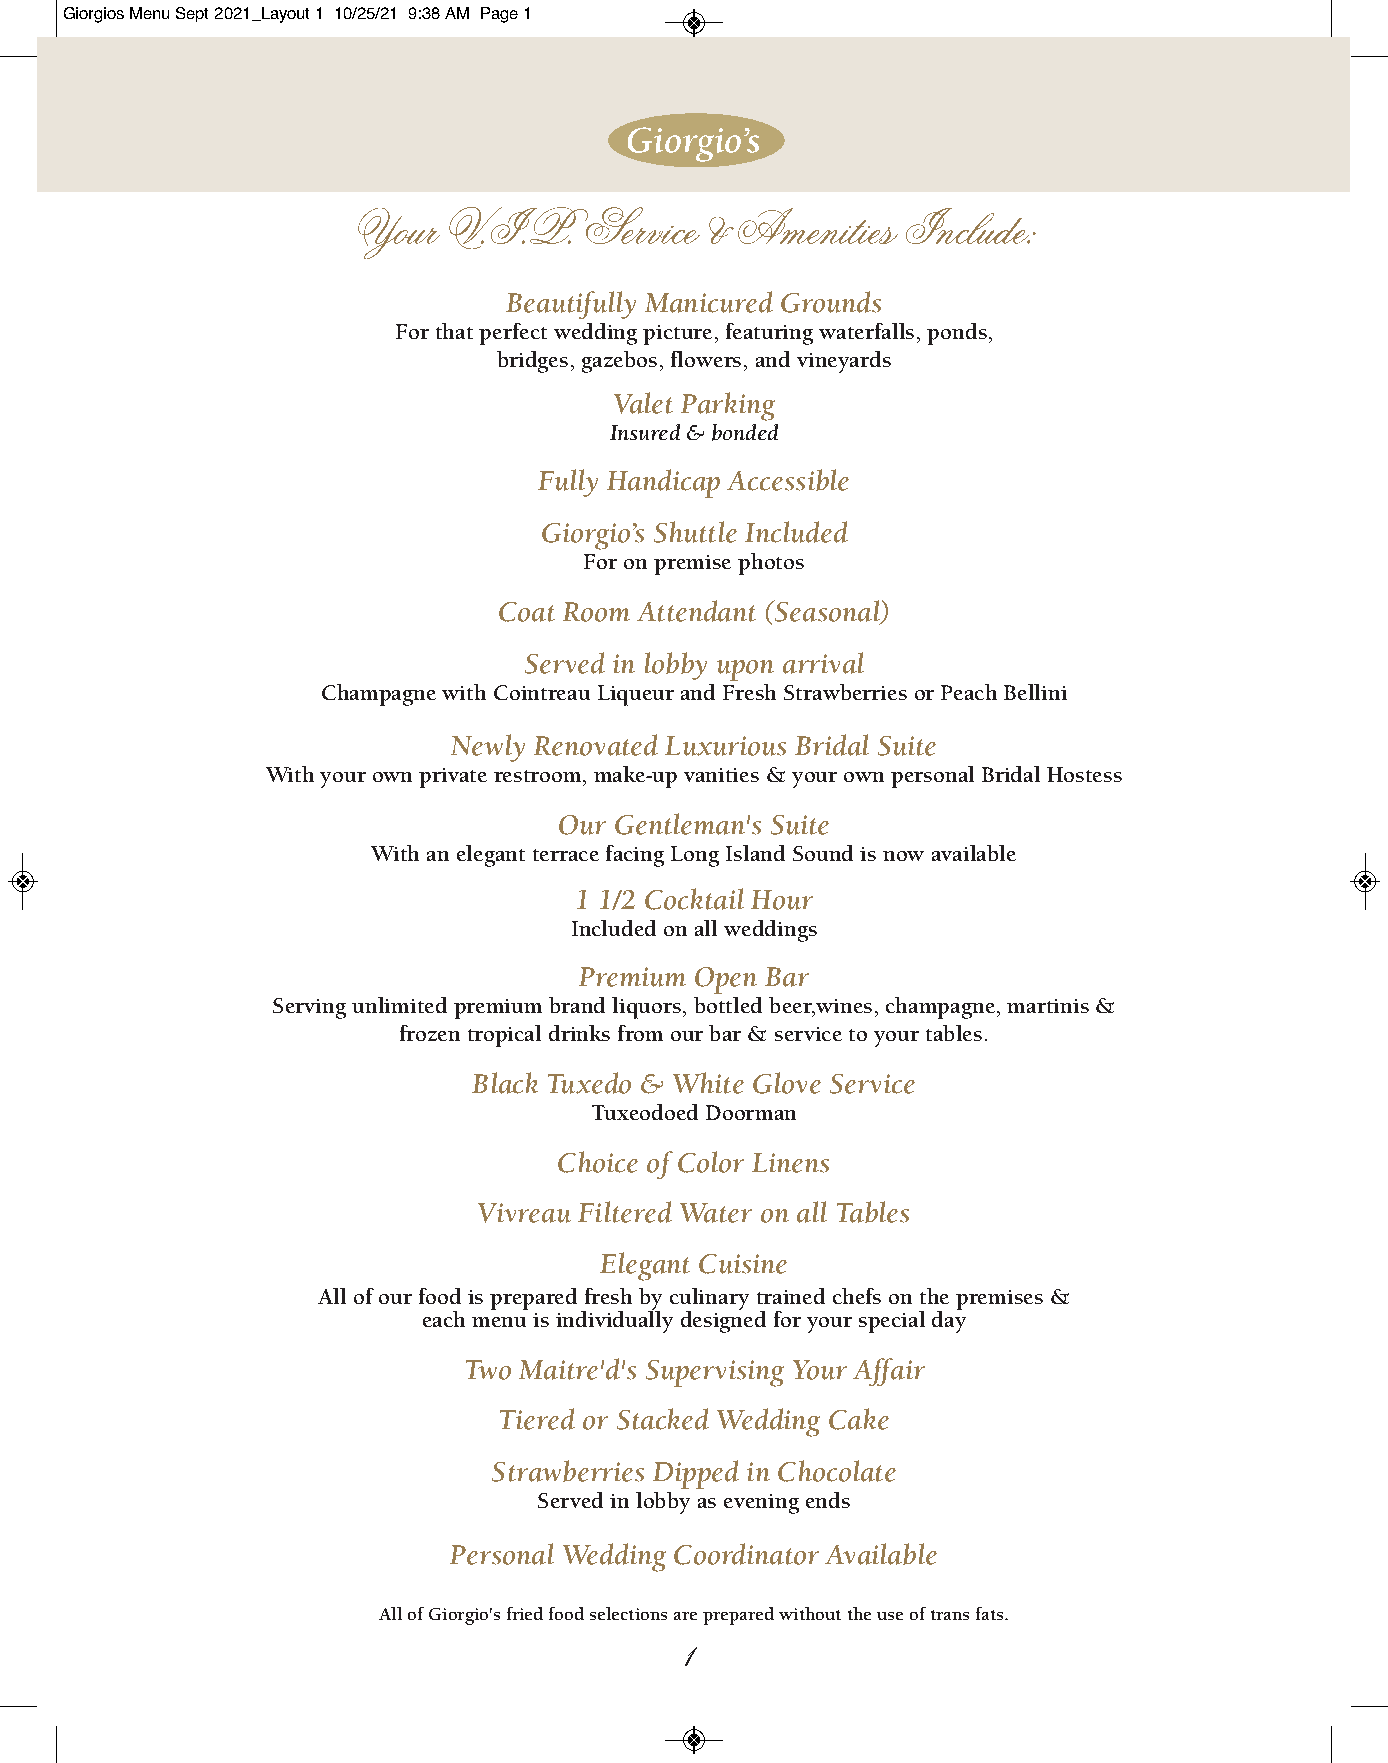
Giorgios Menu Sept 2021_Layout 1 10/25/21 9:38 AM Page 1
 Giorgio’s
 Your  V.I.P.    Service & Amenities  Include:
 Beautifully Manicured Grounds
 For that perfect wedding picture, featuring waterfalls, ponds,
 bridges, gazebos, flowers, and vineyards
 Valet Parking
 Insured & bonded
 Fully Handicap Accessible
 Giorgio’s Shuttle Included
 For on premise photos
 Coat Room Attendant (Seasonal)
 Served in lobby upon arrival
 Champagne with Cointreau Liqueur and Fresh Strawberries or Peach Bellini
 Newly Renovated Luxurious Bridal Suite
 With your own private restroom, make-up vanities & your own personal Bridal Hostess
 Our Gentleman's Suite
 With an elegant terrace facing Long Island Sound is now available
 1 1/2 Cocktail Hour
 Included on all weddings
 Premium Open Bar
 Serving unlimited premium brand liquors, bottled beer,wines, champagne, martinis &
 frozen tropical drinks from our bar & service to your tables.
 Black Tuxedo & White Glove Service
 Tuxeodoed Doorman
 Choice of Color Linens
 Vivreau Filtered Water on all Tables
 Elegant Cuisine
 All of our food is prepared fresh by culinary trained chefs on the premises &
 each menu is individually designed for your special day
 Two Maitre'd's Supervising Your Affair
 Tiered or Stacked Wedding Cake
 Strawberries Dipped in Chocolate
 Served in lobby as evening ends
 Personal Wedding Coordinator Available
 All of Giorgio's fried food selections are prepared without the use of trans fats.
 1